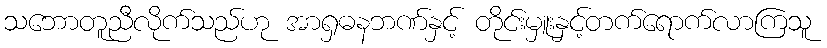
သဘောတူညီလိုက်သည်ဟု အာရှဓနဘဏ်နှင့် တိုင်းမှူးနှင့်တက်ရောက်လာကြသူ